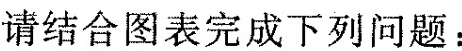
请结合图表完成下列问题：